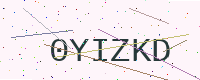
Text: 0YIZKD